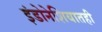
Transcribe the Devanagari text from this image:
इंडोनेशियातही